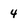
Character: 4